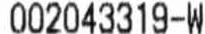
002043319-W